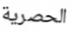
الحصرية